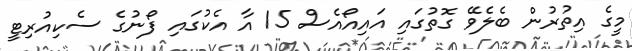
މީގެ އިތުރުން ބެލެވޭ ގޮތުގައި އައިއޯއެސް 15 އާ އެކުގައި ފޯނުގެ ސެކިއުރިޓީ